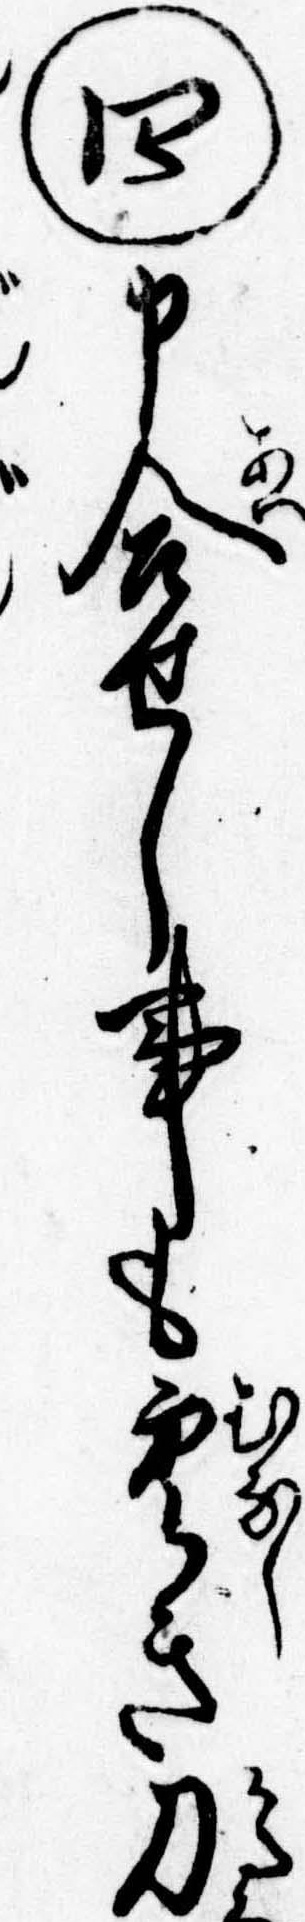
㊃申合せし事も空き刀